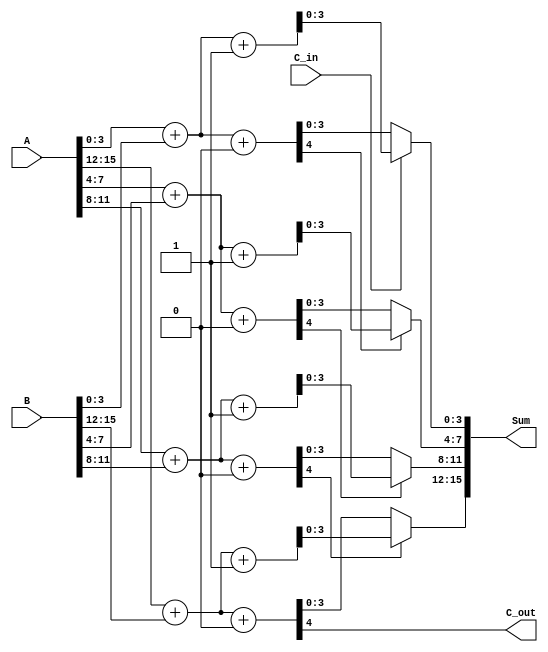
module HybridCarrySelectAdder(
    input [15:0] A,      // First 16-bit input
    input [15:0] B,      // Second 16-bit input
    input C_in,          // Carry input
    output [15:0] Sum,   // 16-bit Sum output
    output C_out         // Carry output
);

    // Parameters
    parameter SEGMENT_SIZE = 4; // Size of each segment
    parameter NUM_SEGMENTS = 4;  // Number of segments for 16 bits

    // Wires for sums and carry outs
    wire [SEGMENT_SIZE-1:0] sum0[NUM_SEGMENTS-1:0]; // Sum when C_in = 0
    wire [SEGMENT_SIZE-1:0] sum1[NUM_SEGMENTS-1:0]; // Sum when C_in = 1
    wire C_out_temp[NUM_SEGMENTS-1:0]; // Carry outs for each segment
    wire C_in_temp[NUM_SEGMENTS-1:0]; // Carry in for each segment

    // Assign initial carry input
    assign C_in_temp[0] = C_in;

    // Generate the segments
    genvar i;
    generate
        for (i = 0; i < NUM_SEGMENTS; i = i + 1) begin : segment
            wire [SEGMENT_SIZE-1:0] A_segment = A[i*SEGMENT_SIZE +: SEGMENT_SIZE];
            wire [SEGMENT_SIZE-1:0] B_segment = B[i*SEGMENT_SIZE +: SEGMENT_SIZE];

            // Adders for C_in = 0
            assign {C_out_temp[i], sum0[i]} = A_segment + B_segment + 1'b0;

            // Adders for C_in = 1
            assign {C_out_temp[i], sum1[i]} = A_segment + B_segment + 1'b1;

            // Select carry for next segment
            if (i < NUM_SEGMENTS - 1) begin
                assign C_in_temp[i+1] = C_out_temp[i];
            end
        end
    endgenerate

    // Final sum selection based on carry
    generate
        for (i = 0; i < NUM_SEGMENTS; i = i + 1) begin : sum_select
            assign Sum[i*SEGMENT_SIZE +: SEGMENT_SIZE] = (C_in_temp[i] == 1'b0) ? sum0[i] : sum1[i];
        end
    endgenerate

    // Final carry out
    assign C_out = C_out_temp[NUM_SEGMENTS-1];

endmodule